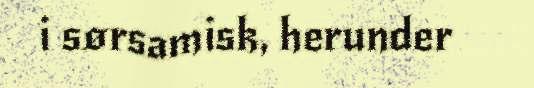
i sørsamisk, herunder